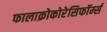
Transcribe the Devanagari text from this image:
फालाक्रोकोरेसिफॉर्म्स